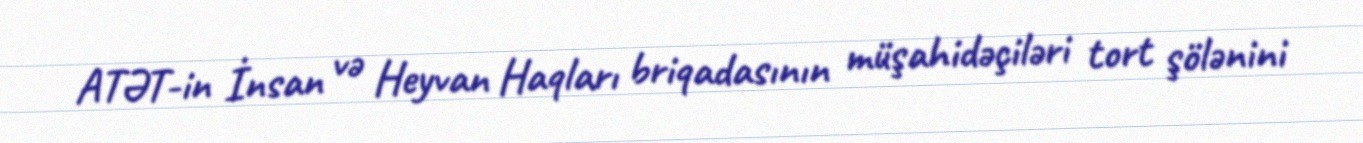
ATƏT-in İnsan və Heyvan Haqları briqadasının müşahidəçiləri tort şölənini